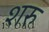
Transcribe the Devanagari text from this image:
शरु